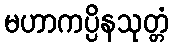
မဟာကပ္ပိနသုတ္တံ